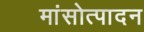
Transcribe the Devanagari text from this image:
मांसोत्पादन